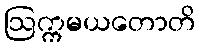
ဩက္ကမယတောတိ